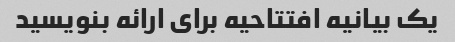
یک بیانیه افتتاحیه برای ارائه بنویسید